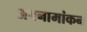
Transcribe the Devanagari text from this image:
अपनामांकन